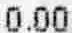
0.00